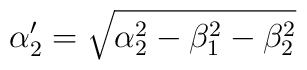
\alpha'_{2}=\sqrt{\alpha_{2}^{2}-\beta_{1}^{2}-\beta_{2}^{2}}